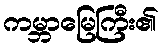
ကမ္ဘာမြေကြီး၏